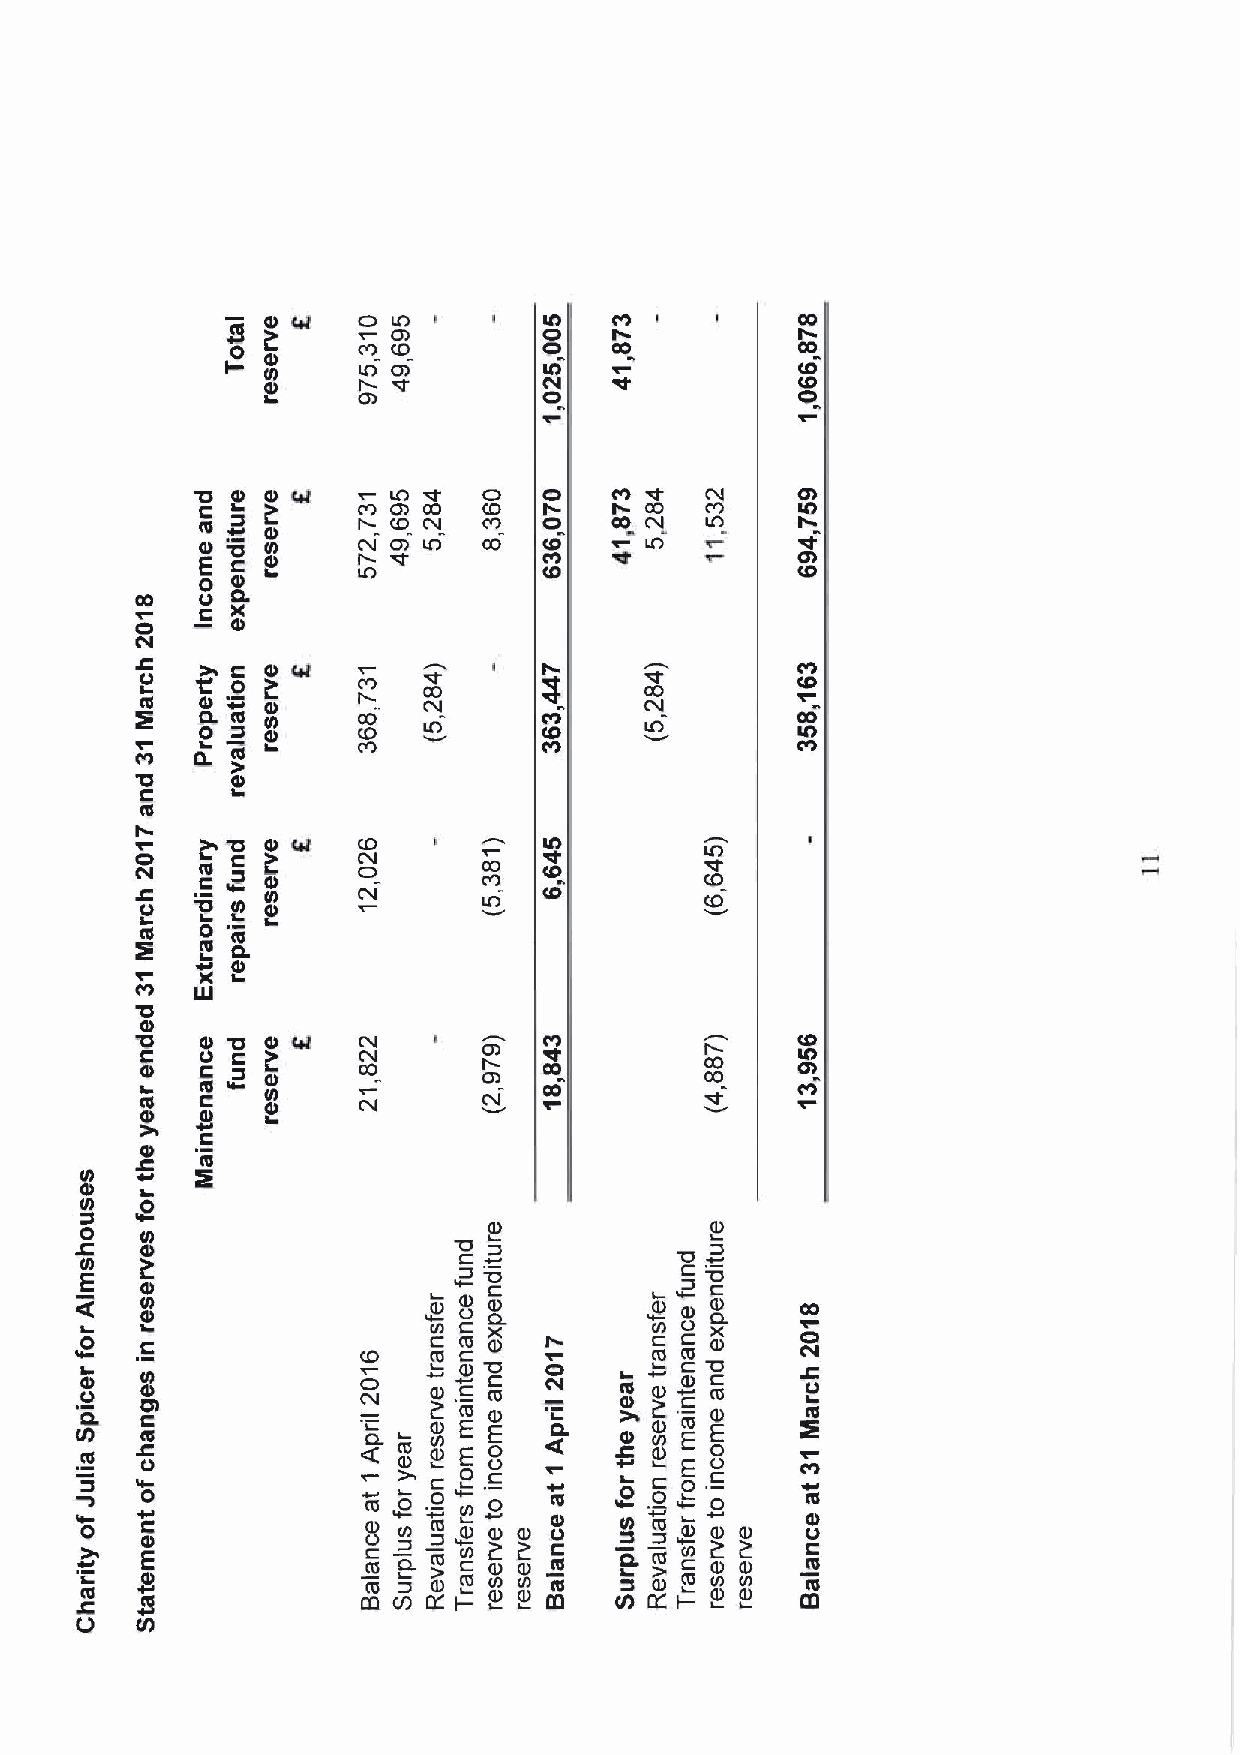
O
 LA             Col I I     CO
 Gl             r
 (0             00          CO
 LA Ol       LO               CD
 o                CoD
 CD
 c
 m
 S L        L
 C
 CA
 OD CO
 C oI
 00
 C NO
 N
 IA
 S ~ c      N CD IA     CD     LA
 E          P
 0 S        LA
 o     S
 CV
 c
 p
 'Ct
 2I m S
 0 0,
 P l8
 0
 C LAO          C N LAO   C
 0
 ICD
 0
 l
 I
 L
 Ol
 '(0   S
 c
 m
 2I 'U      CO
 N
 cg
 CIC            CO
 N
 I0 ~
 2m    m
 4m
 S
 IU
 'CS0
 c   S '(0 S C(l
 S   Oc C                   'll'
 CO          CO
 (I 0 m L       N           00
 S
 C cl I
 S
 m
 N
 Ol
 N
 0                          S              S
 'Uc
 y            'p
 c
 N                        ~ '0             '0
 E                          c              L
 0
 NS
 I c
 S
 V) Oc c(0
 S
 x
 IS
 &Lrl C O Cl
 S
 A lSCL C CO l
 II                 (0  (0             (0 (0 'p  CV
 L
 C Ol N Col         ( N0
 ,gcl c
 m   CV   l0 S
 c
 (0    O
 0Q
 O0
 l.
 CC (L m
 Cl
 C ( C0l
 l
 ( E0 C
 E 0
 Ol  I
 O.
 f4
 I
 IS E
 S
 E 0
 O
 Kill
 L
 0                               0 0 p
 l                   0  p  0              0     l0
 (0               II
 c                    CI    S
 00
 (5
 S E S          COC c m
 m
 Ql Cv o 50 O) -m— Is X) S uc (0l C 2 C
 (
 S0l l C g
 (
 S0ll gOc l0
 )
 (N C s AsC C( mm (0
 '
 Ich ( —0 S 2 S
 NS
 S 2 S
 ( C0
 l
 KO Oc l l0 0l
 V)